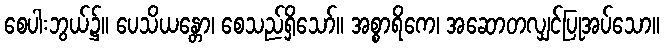
စေပါးဘွယ်၌။ ပေသိယန္တော၊ စေသည်ရှိသော်။ အစ္စာရိကေ၊ အဆောတလျှင်ပြုအပ်သော။